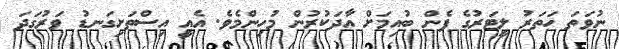
ނުވަތަ ހަތަރު ލީޓަރުގެ ފެން ބުއިމަށް އާދަކުރުން މުހިންމެވެ. އެއީ އިސްތަށިގަނޑު ވަރުގަދަ